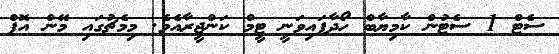
ސެޓް 1 ސެޓުން ކާމިޔާބް ހޯދާފައިވަނީ ޓީމް ކަންޖީރާއެވެ. މިމެޗުގައި މޭން އޮފް